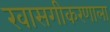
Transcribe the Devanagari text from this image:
खासगीकरणाला